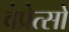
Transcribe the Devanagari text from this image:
वेप्रेत्सो